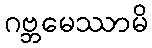
ဂဗ္ဘမေဿာမိ